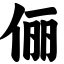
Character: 俪